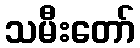
သမီးတော်